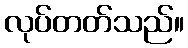
လုပ်တတ်သည်။